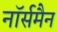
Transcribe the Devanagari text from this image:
नॉर्समैन